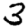
Digit: 3